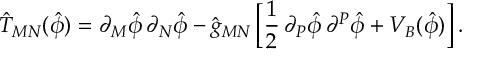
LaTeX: \hat { T } _ { M N } ( \hat { \phi } ) = \partial _ { M } \hat { \phi } \, \partial _ { N } \hat { \phi } - \hat { g } _ { M N } \, \biggl [ \frac { 1 } { 2 } \, \partial _ { P } \hat { \phi } \, \partial ^ { P } \hat { \phi } + V _ { B } ( \hat { \phi } ) \biggl ] \, .